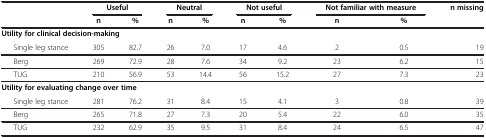
<table><thead><tr><td rowspan="2"><b> </b></td><td colspan="2"><b>Useful</b></td><td colspan="2"><b>Neutral</b></td><td colspan="2"><b>Not useful</b></td><td colspan="2"><b>Not familiar with measure</b></td><td><b>n missing</b></td></tr><tr><td><b>n</b></td><td><b>%</b></td><td><b>n</b></td><td><b>%</b></td><td><b>n</b></td><td><b>%</b></td><td><b>n</b></td><td><b>%</b></td><td><b> </b></td></tr></thead><tbody><tr><td><b>Utility for clinical decision-making</b></td><td> </td><td> </td><td> </td><td> </td><td> </td><td> </td><td> </td><td> </td><td> </td></tr><tr><td>Single leg stance</td><td>305</td><td>82.7</td><td>26</td><td>7.0</td><td>17</td><td>4.6</td><td>2</td><td>0.5</td><td>19</td></tr><tr><td>Berg</td><td>269</td><td>72.9</td><td>28</td><td>7.6</td><td>34</td><td>9.2</td><td>23</td><td>6.2</td><td>15</td></tr><tr><td>TUG</td><td>210</td><td>56.9</td><td>53</td><td>14.4</td><td>56</td><td>15.2</td><td>27</td><td>7.3</td><td>23</td></tr><tr><td><b>Utility for evaluating change over time</b></td><td> </td><td> </td><td> </td><td> </td><td> </td><td> </td><td> </td><td> </td><td> </td></tr><tr><td>Single leg stance</td><td>281</td><td>76.2</td><td>31</td><td>8.4</td><td>15</td><td>4.1</td><td>3</td><td>0.8</td><td>39</td></tr><tr><td>Berg</td><td>265</td><td>71.8</td><td>27</td><td>7.3</td><td>20</td><td>5.4</td><td>22</td><td>6.0</td><td>35</td></tr><tr><td>TUG</td><td>232</td><td>62.9</td><td>35</td><td>9.5</td><td>31</td><td>8.4</td><td>24</td><td>6.5</td><td>47</td></tr></tbody></table>